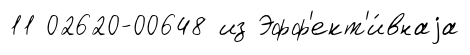
11 02620-00648 из Эфф'ект'и́внаjа